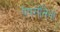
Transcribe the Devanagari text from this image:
पेपरोंसिनो